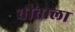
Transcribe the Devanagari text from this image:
चौताला